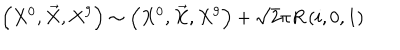
LaTeX: \left( X ^ { 0 } , \vec { X } , X ^ { 9 } \right) \sim \left( X ^ { 0 } , \vec { X } , X ^ { 9 } \right) + \sqrt { 2 } \pi R \left( i , 0 , 1 \right)